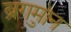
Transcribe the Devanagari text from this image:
ब्रुगमान